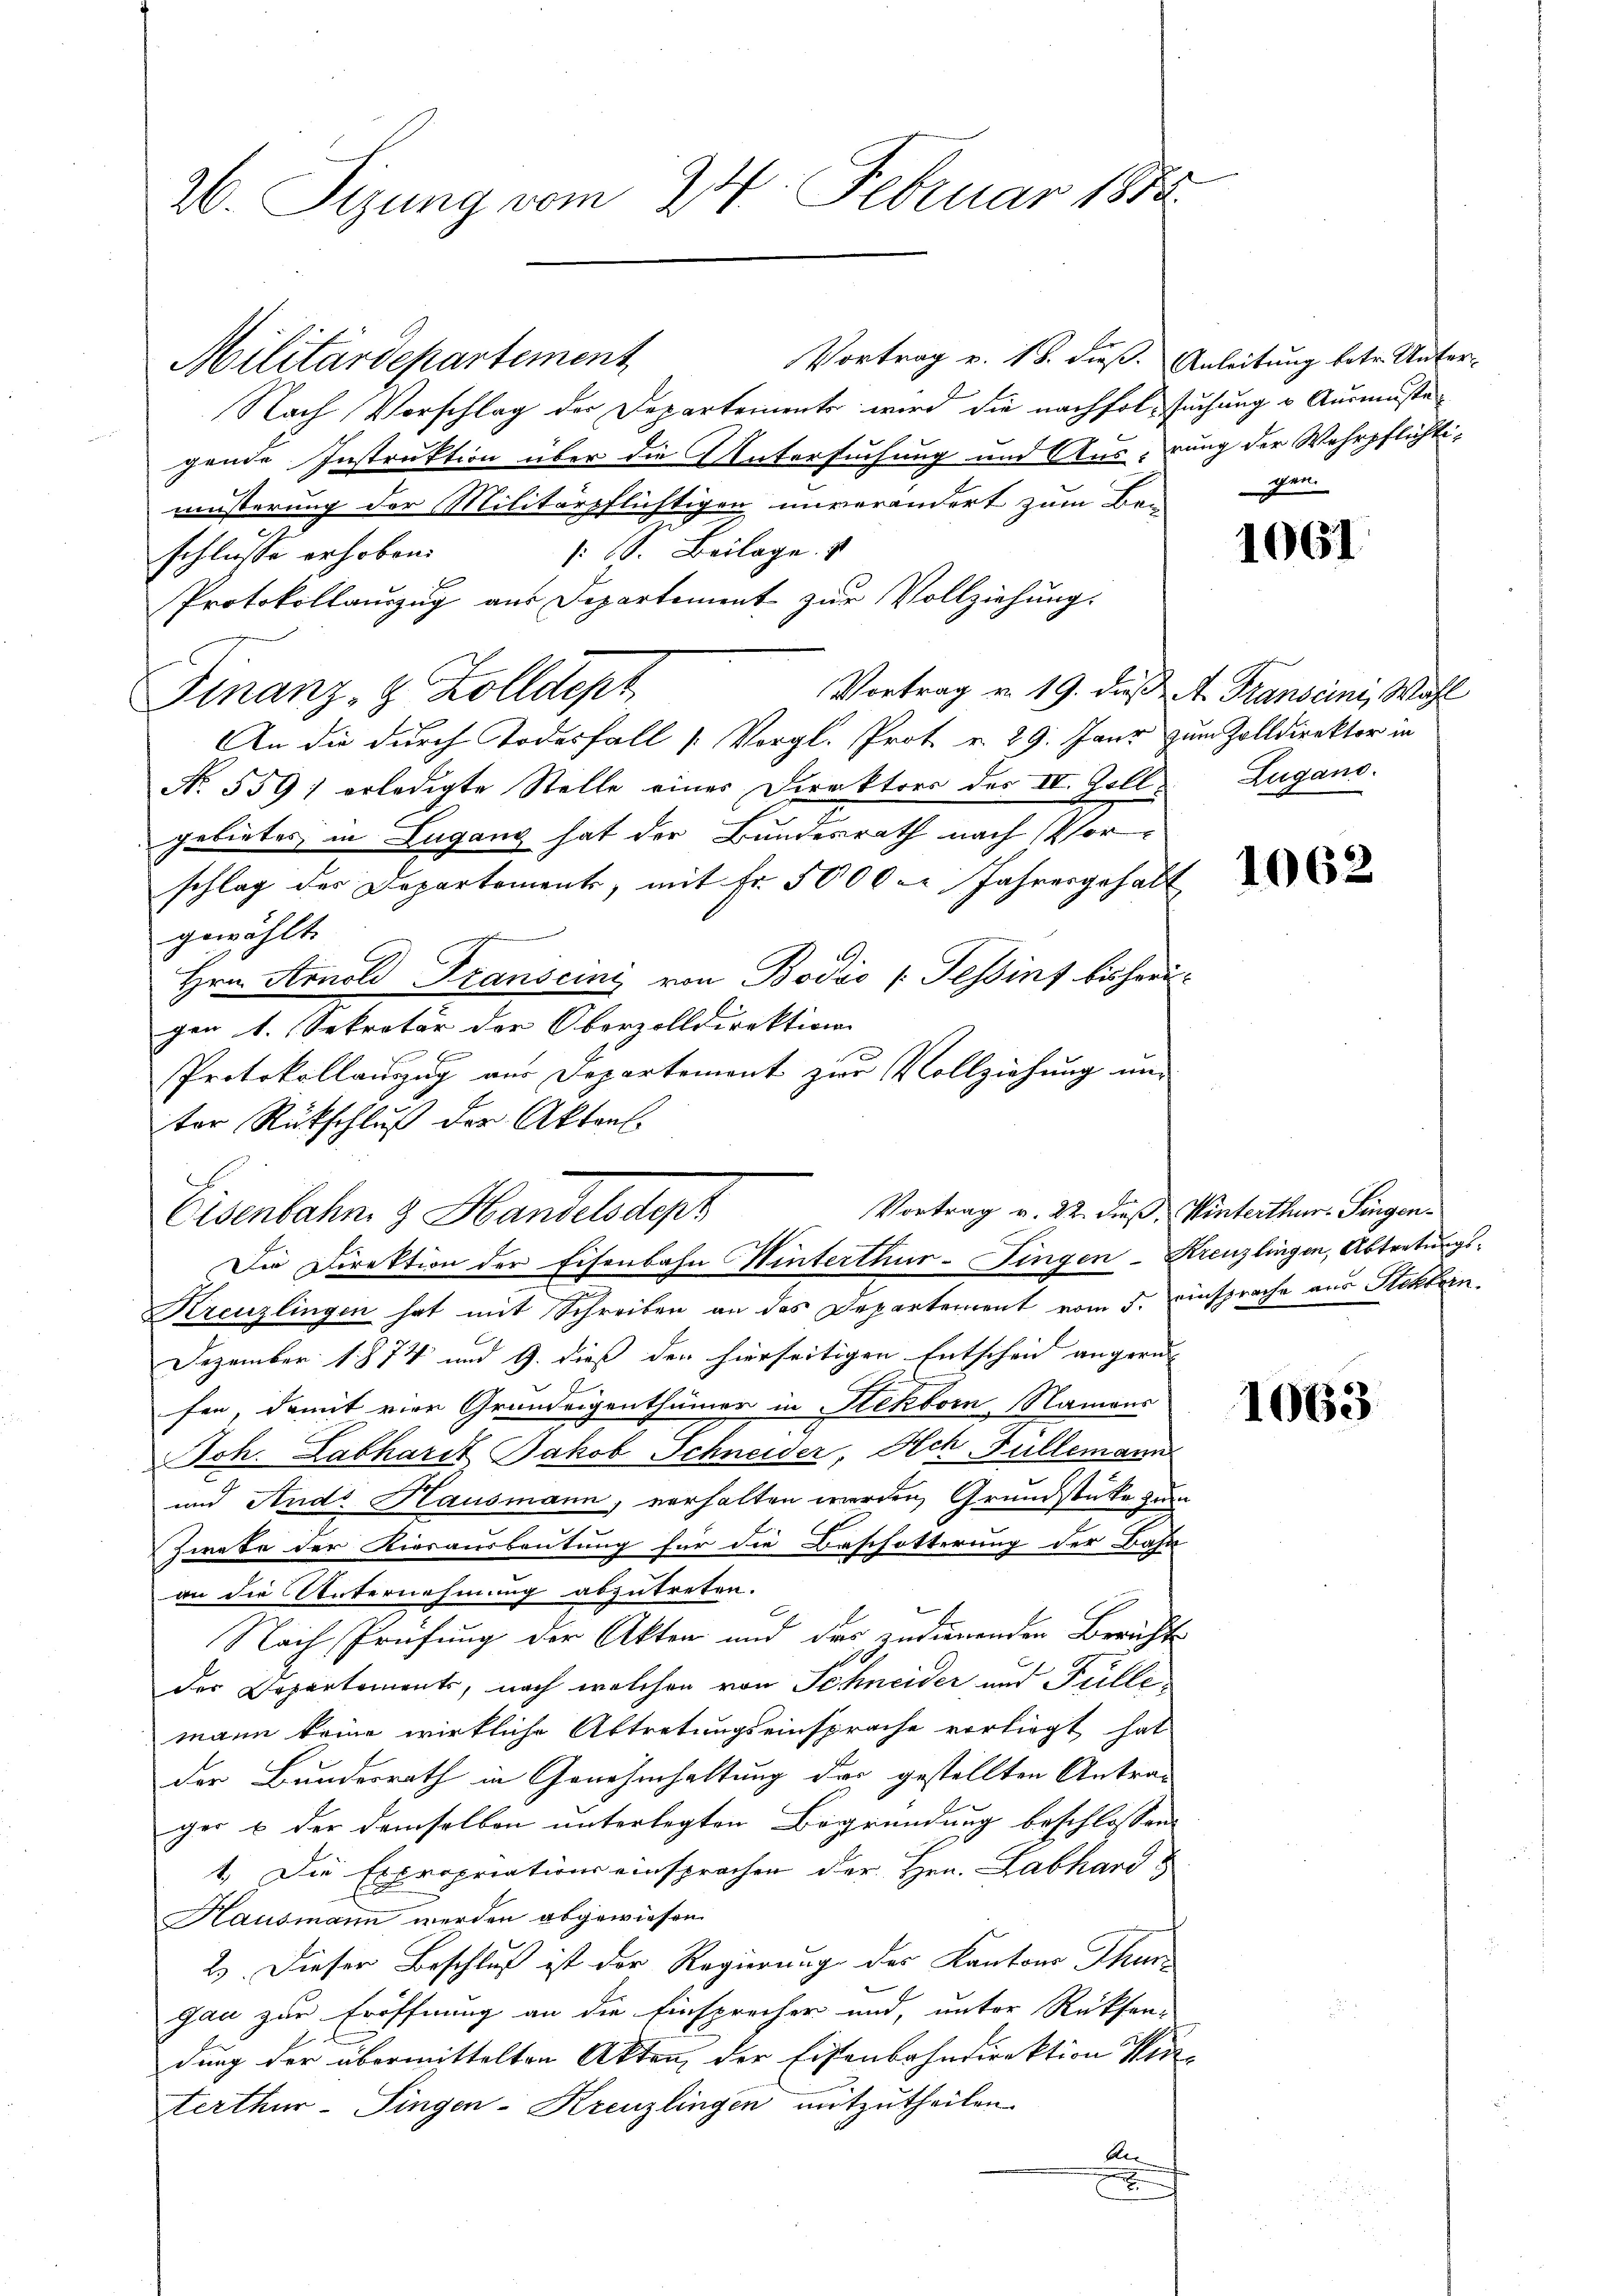
26. Sizung vom 24. Februar 1883.

Vortrag v. 18. dieß. Anleitung betr. Unter-
Militärdepartement
Nach Vorschlag der Departements wird die nachfolgsuchung u Ausmuste
gende Instruktion über die Untersuchung und Ausrung der Wehrpflichti-
müsserung der Militärpflichtigen unverändert zum Ber
1 S. Beilage.
schlusse erhoben.
Protokollauszug aus Departement zur Vollziehung.
Vortrag u. 19. dies. v. Transcini, Wall
Finanz- & Zolldept
An die durch Todesfall [Vergl. Prot. v. 29. Janr zum Zolldirektor in
No. 5591 erledigte Stelle einer Direktors des IV. Zollgebietes in Lugang hat der Bundesrath nach Vorschlag des Departement, mit Fr. 5000. Jahresgehalt
gewählt.
Hrn. Arnold Franscini von Bodić (Tessins bisherigen 1. Sekretär der Oberzolldirektion
Protokollauszug aus Departement zur Vollziehung un
ter Rückschluß der Akten.
Eisenbahn & Handelsagt
Die Direktion der Eisenbahn Winterthur-Fingen-Kreuzlingen, Abtretungs¬
Kreuzlingen hat mit Schreiben an das Departement vom 5. einsprache aus Steckborn.
Dezember 1874 und 9. dieß der hierseitigen Entscheid angern-
fen, damit vier Grundeigenthümer in Stekborn, Namens
Joh. Labhardt Jakob Schneider, Hch. Fullemann
und And. Hausmann, verhalten werden, Grundstüke du
Zwete der Kiesausbeutung für die Beschötterung der Bahn
an die Unternehmung abzutreten.
Nach Prüfung der Akten und der zudienenden Bericht
der Departements, nach welchen von Schneider und Füllemann keine wirkliche Abtretungseinsprache vorliegt hat
der Bundesrath in Genehmhaltung der gestellten Antrag
ger u der demselben unterlegten Begründung beschlossen:
1.) Die Expropriations einsprachen der Hrn. Labhard
Hausmann werden abgewiesen.
2). Dieser Beschluß ist der Regierung des Kantons Thur-
gau zur Eröffnung an die Einsprecher und, unter Rücksen-
dung der übermittelten Akten der Eisenbahndirektion Kin
terthur–Singen-Kreuzlingen mitzutheilen.
An
E

Vortrag v. 22. dieß. Winterthur. Fingen¬

gen.

1061

Zugano.

1062

1063